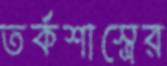
তর্কশাস্ত্রের